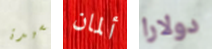
لسيدة ألمان دولارا